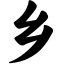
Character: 乡